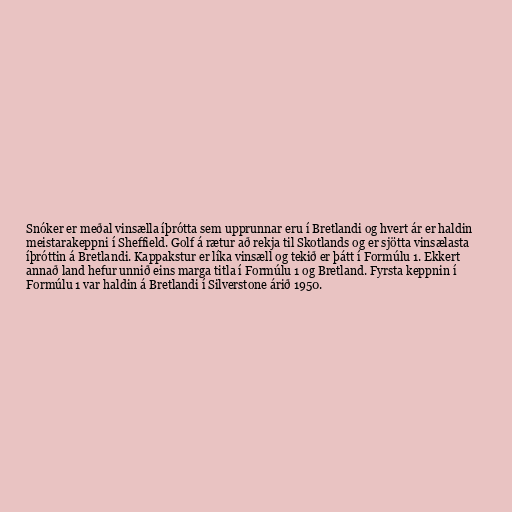
Snóker er meðal vinsælla íþrótta sem upprunnar eru í Bretlandi og hvert ár er haldin
meistarakeppni í Sheffield. Golf á rætur að rekja til Skotlands og er sjötta vinsælasta
íþróttin á Bretlandi. Kappakstur er líka vinsæll og tekið er þátt í Formúlu 1. Ekkert
annað land hefur unnið eins marga titla í Formúlu 1 og Bretland. Fyrsta keppnin í
Formúlu 1 var haldin á Bretlandi í Silverstone árið 1950.